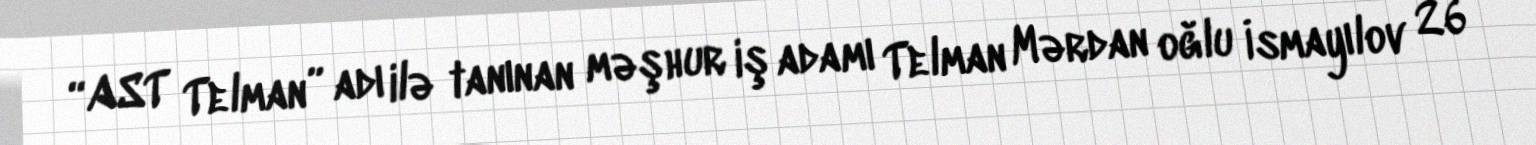
“AST Telman” adı ilə tanınan məşhur iş adamı Telman Mərdan oğlu İsmayılov 26